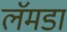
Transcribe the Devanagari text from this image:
लॅमडा